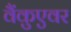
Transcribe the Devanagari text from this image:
वैंकुएवर